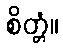
စိတ္တံ။